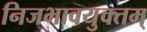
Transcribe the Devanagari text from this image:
निजभावयुक्तम्